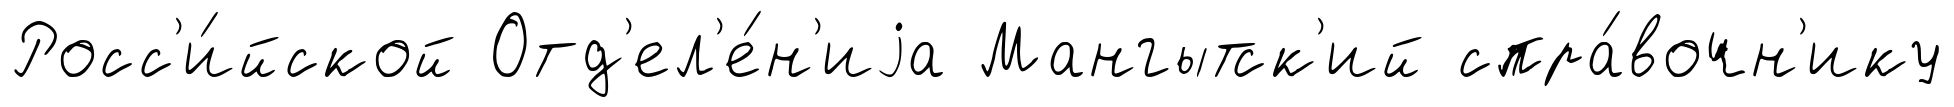
Росс'и́йской Отд'ел'е́н'иjа Мангытск'ий спра́вочн'ику